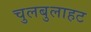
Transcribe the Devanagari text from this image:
चुलबुलाहट